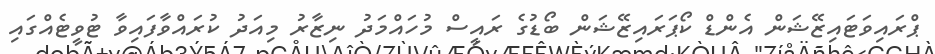
ޕްރައިވަޓައިޒޭޝަން އެންޑް ކޯޕަރައިޒޭޝަން ބޯޑުގެ ރައީސް މުހައްމަދު ނިޒާރު މިއަދު ކުރައްވާފައިވާ ޓުވީޓެއްގައި